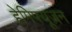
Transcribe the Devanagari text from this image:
हेमिफ्यूज़न